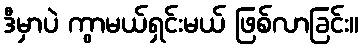
ဒီမှာပဲ ကွာမယ်ရှင်းမယ် ဖြစ်လာခြင်း။